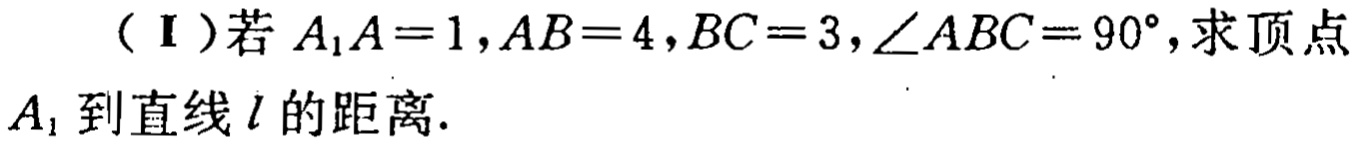
（Ⅰ）若\(A_{1}A = 1,AB = 4,BC = 3,\angle ABC = 90^{\circ}\)，求顶点\(A_{1}\)到直线\(l\)的距离.